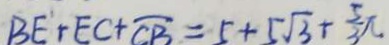
B E + E C + \overline { C B } = 5 + 5 \sqrt { 3 } + \frac { 5 } { 3 } \pi